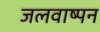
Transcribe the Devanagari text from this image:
जलवाष्पन